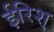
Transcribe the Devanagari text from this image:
ईरिश्